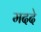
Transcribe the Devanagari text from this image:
मददे